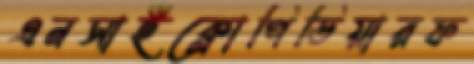
এনসাইক্লোপিডিয়ারফ